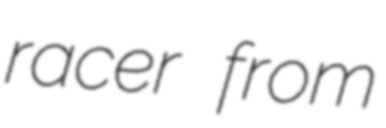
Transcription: racer from